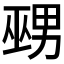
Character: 𱜚